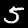
Label: 5